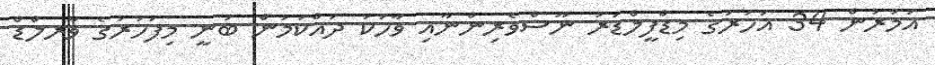
އުމުރުން 34 އަހަރުގެ މިޑްފީލްޑަރު ނޫސްވެރިންނާއި ވާހަކަ ދައްކަމުން ބުނީ މިފަހަރުގެ ވާރލްޑް